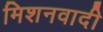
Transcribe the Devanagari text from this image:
मिशनवादी